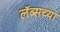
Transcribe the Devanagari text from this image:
लॅब्सच्या